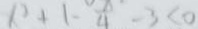
b ^ { 2 } + 1 - \frac { x } { 4 } - 3 < 0